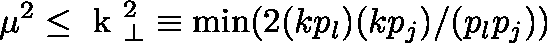
\mu ^ { 2 } \leq \mathrm { \boldmath ~ k ~ } _ { \perp } ^ { 2 } \equiv \operatorname * { m i n } ( 2 ( k p _ { l } ) ( k p _ { j } ) / ( p _ { l } p _ { j } ) )